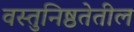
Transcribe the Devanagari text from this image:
वस्तुनिष्ठतेतील